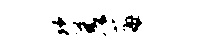
坎差莓